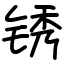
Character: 锈